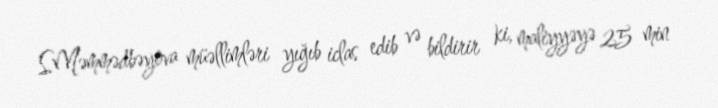
S.Məmmədbəyova müəllimləri yığıb iclas edib və bildirir ki, maliyyəyə 25 min